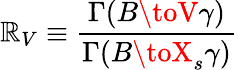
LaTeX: \mathbb{R}_{V}\equiv\frac{{\Gamma(B\toV\gamma)}}{{\Gamma(B\toX_{s}\gamma)}}